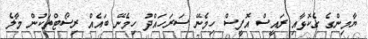
ޔާމިންގެ ގެކޮޅާއި ރައީސް އޮފީސް ހިމެނޭ ސަރަހައްދު ހިމެނޭ ބައެއް ރިސޯޓްތަކުން މާލެ